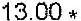
13.00 *